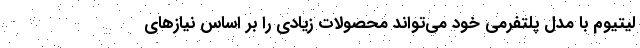
لیتیوم با مدل پلتفرمی خود می‌تواند محصولات زیادی را بر اساس نیازهای